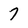
Character: 7